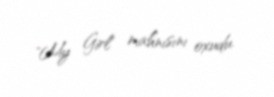
"My Girl" mahnısını oxudu.